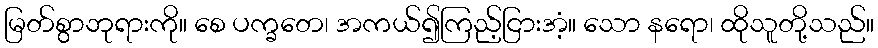
မြတ်စွာဘုရားကို။ စေ ပက္ခတေ၊ အကယ်၍ကြည့်ငြားအံ့။ သော နရော၊ ထိုသူတို့သည်။